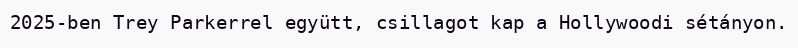
2025-ben Trey Parkerrel együtt, csillagot kap a Hollywoodi sétányon.